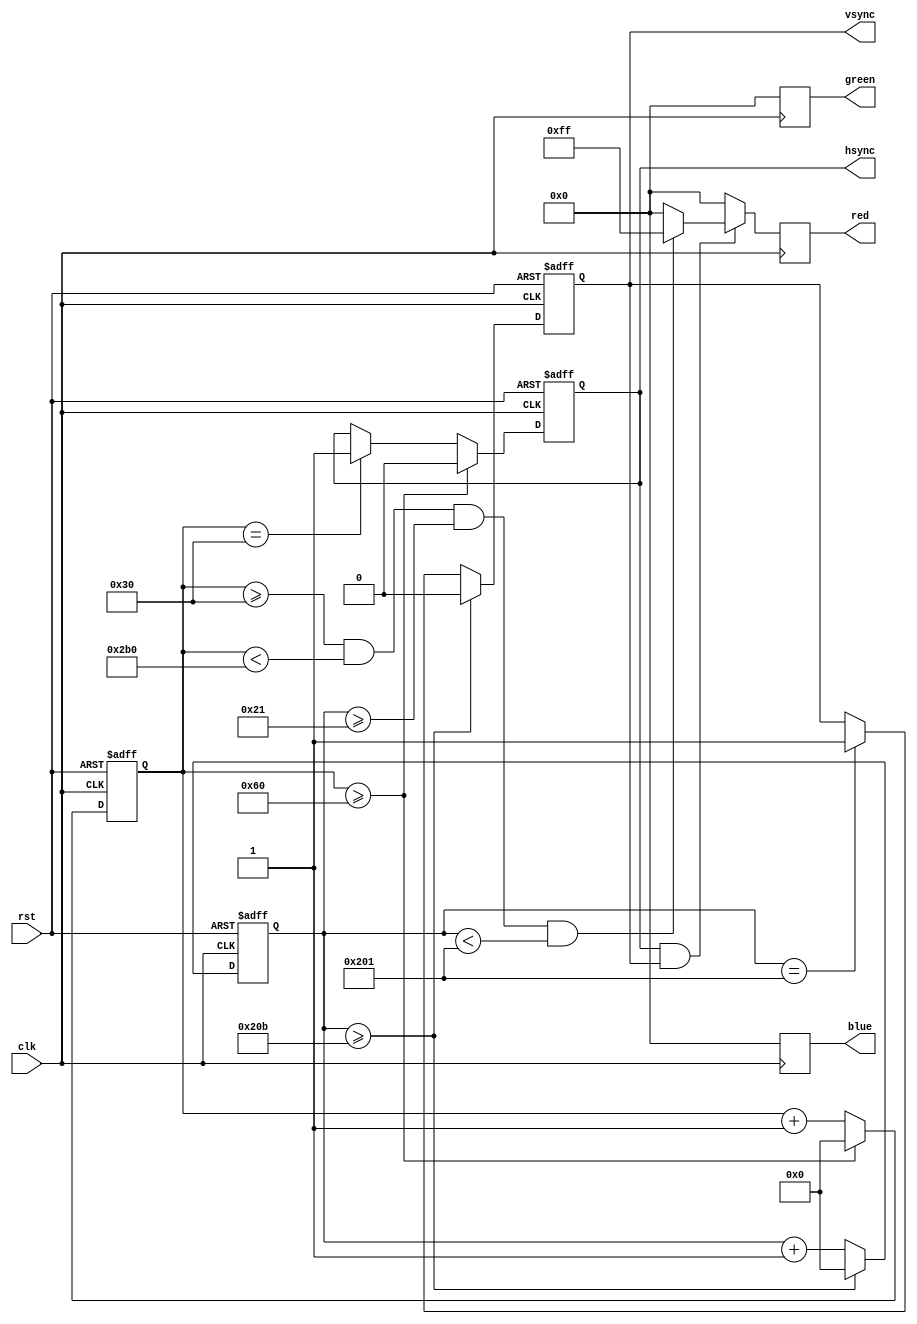
module vga_controller (
  input wire clk, // Clock input
  input wire rst, // Reset input
  output wire hsync, // Horizontal synchronization signal output
  output wire vsync, // Vertical synchronization signal output
  output reg [7:0] red, // Red component output
  output reg [7:0] green, // Green component output
  output reg [7:0] blue // Blue component output
);

// Timing parameters for VGA display
parameter H_SYNC_CYCLES = 96; // Number of cycles for horizontal sync pulse
parameter H_BACK_PORCH = 48; // Number of cycles for horizontal back porch
parameter H_ACTIVE = 640; // Number of cycles for active video
parameter H_FRONT_PORCH = 16; // Number of cycles for horizontal front porch
parameter V_SYNC_LINES = 2; // Number of lines for vertical sync pulse
parameter V_BACK_PORCH = 33; // Number of lines for vertical back porch
parameter V_ACTIVE = 480; // Number of lines for active video
parameter V_FRONT_PORCH = 10; // Number of lines for vertical front porch

reg [9:0] h_counter; // Horizontal counter
reg [9:0] v_counter; // Vertical counter

// Timing logic for generating horizontal and vertical synchronization signals
always @(posedge clk or posedge rst) begin
  if (rst) begin
    h_counter <= 0;
    v_counter <= 0;
    hsync <= 1;
    vsync <= 1;
  end else begin
    h_counter <= h_counter + 1;
    v_counter <= v_counter + 1;

    // Horizontal synchronization logic
    if (h_counter >= H_SYNC_CYCLES) begin
      h_counter <= 0;
      hsync <= 0;
    end else if (h_counter == H_SYNC_CYCLES - H_BACK_PORCH) begin
      hsync <= 1;
    end

    // Vertical synchronization logic
    if (v_counter >= V_BACK_PORCH + V_ACTIVE + V_FRONT_PORCH) begin
      v_counter <= 0;
      vsync <= 0;
    end else if (v_counter == V_BACK_PORCH + V_ACTIVE) begin
      vsync <= 1;
    end
  end
end

// Pixel data generation logic
always @(posedge clk) begin
  if (hsync && vsync) begin
    // Active video region
    if (h_counter >= H_BACK_PORCH && h_counter < H_BACK_PORCH + H_ACTIVE &&
        v_counter >= V_BACK_PORCH && v_counter < V_BACK_PORCH + V_ACTIVE) begin
      // Generate RGB values for each pixel based on desired output resolution
      red <= 8'b11111111; // Example: Red component set to maximum brightness
      green <= 8'b00000000; // Example: Green component set to minimum brightness
      blue <= 8'b00000000; // Example: Blue component set to minimum brightness
    end else begin
      // Horizontal and vertical sync pulses
      red <= 0;
      green <= 0;
      blue <= 0;
    end
  end else begin
    // Horizontal and vertical sync pulses
    red <= 0;
    green <= 0;
    blue <= 0;
  end
end

endmodule